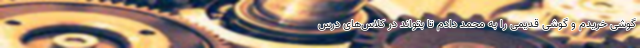
گوشی خریدم و گوشی قدیمی‌ را به محمد دادم تا بتواند در کلاس‌های درس